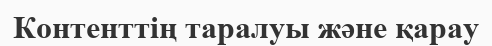
Контенттің таралуы және қарау